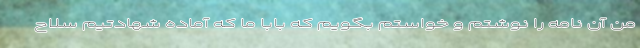
من آن نامه را نوشتم و خواستم بگویم که بابا ما که آماده شهادتیم سلاح